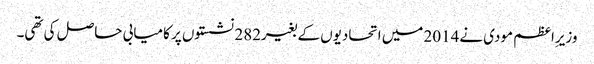
وزیرِاعظم مودی نے2014 میں اتحادیوں کے بغیر282 نشستوں پر کامیابی حاصل کی تھی۔